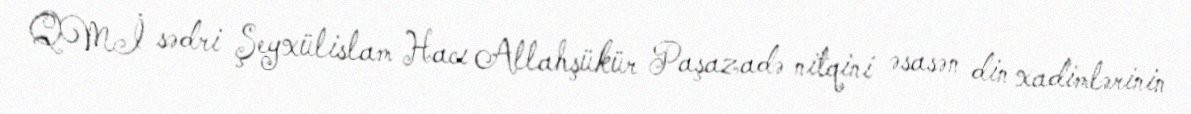
QMİ sədri Şeyxülislam Hacı Allahşükür Paşazadə nitqini əsasən din xadimlərinin